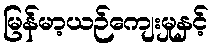
မြန်မာ့ယဉ်ကျေးမှုနှင့်